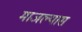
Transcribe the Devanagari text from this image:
माजल्यास